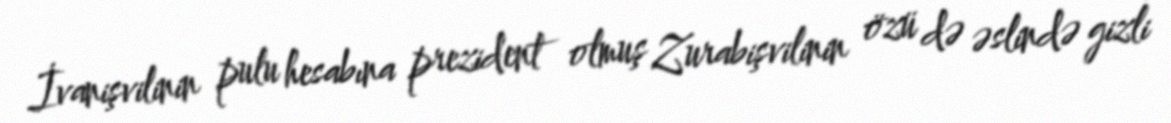
İvanişvilinin pulu hesabına prezident olmuş Zurabişvilinin özü də əslində gizli